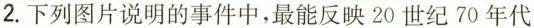
2.下列图片说明的事件中，最能反映20世纪70年代